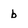
Character: b